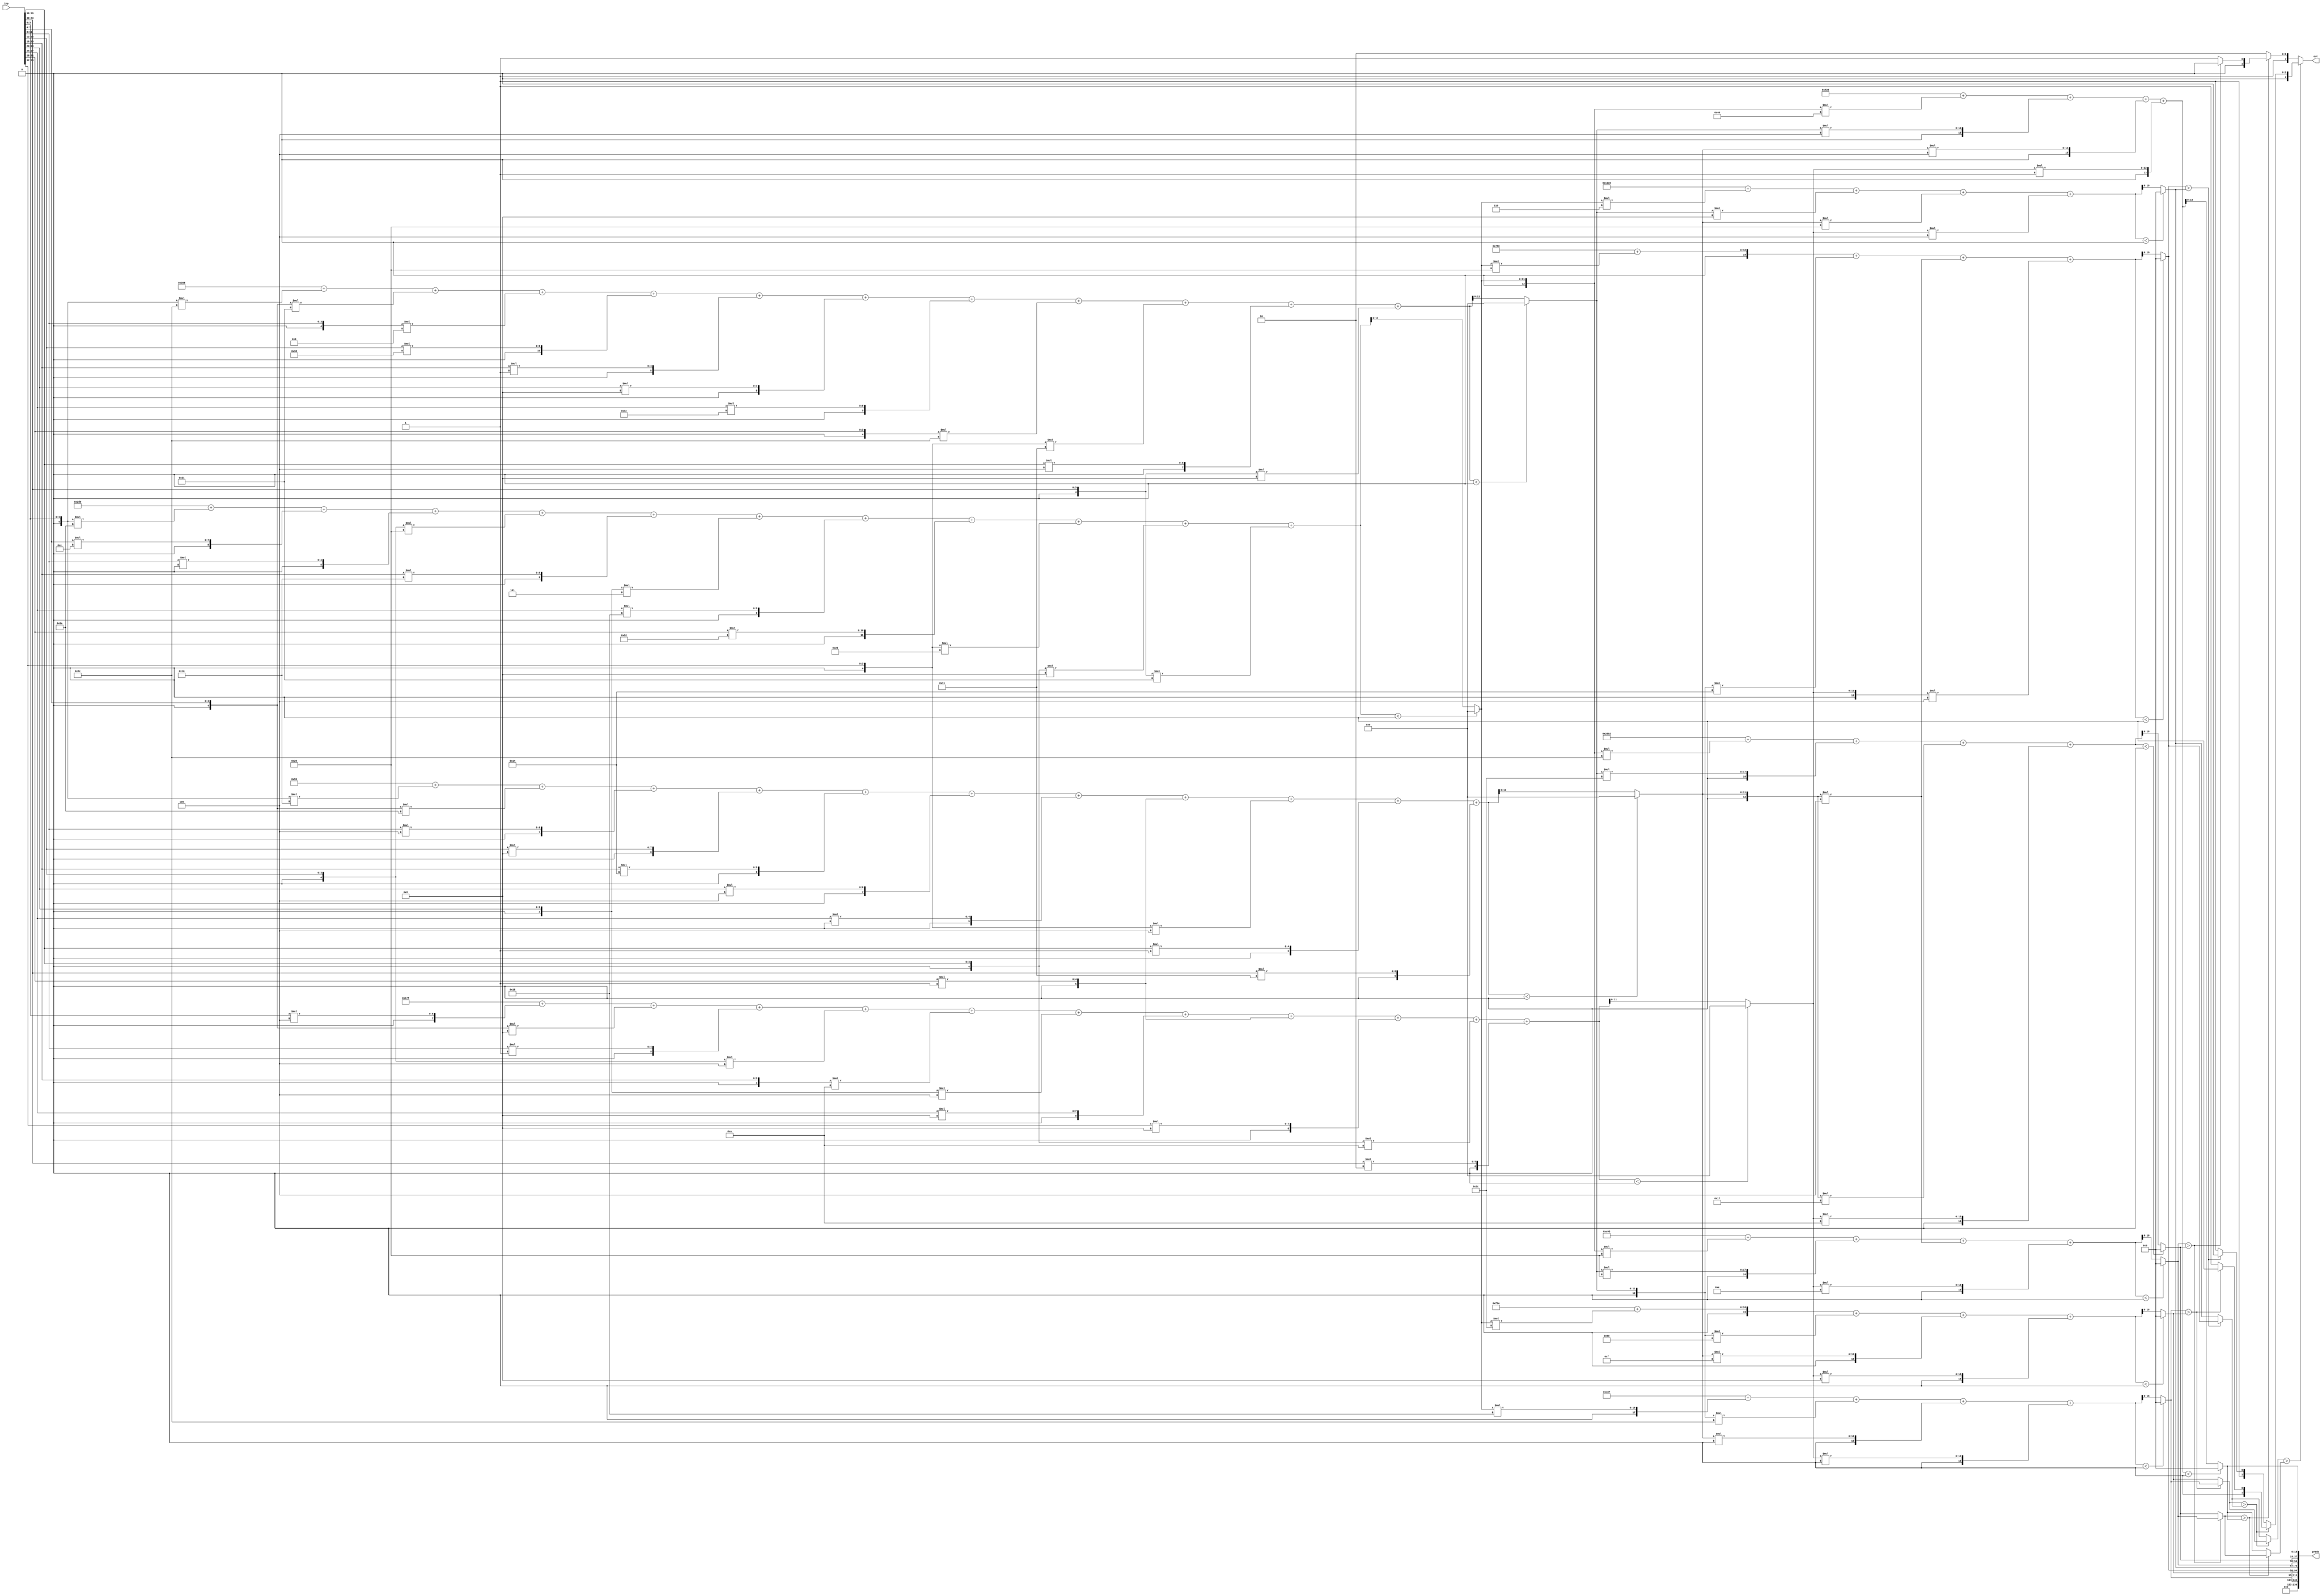
//weights: [[[-38, 12, 0, -32, 16, -3, 24, 82, -26, -8, -31], [-36, -31, -7, 56, 1, 8, 28, -36, -15, 4, -8], [-16, -38, 4, 8, 20, 4, 0, 1, -4, 1, 17], [4, -8, 1, -4, -6, -4, 8, 1, 8, -6, 2]], [[24, -36, 0, 0], [44, -48, 15, 8], [32, -12, -4, -4], [6, 8, 32, 4], [-32, 32, -4, 14], [-36, 44, -9, 10], [-64, 4, 4, 1]]]
//intercepts: [[720, 776, 85, -129], [-1009, 3886, 1888, 4517, 3219, -6654, -967]]
//act size: [4, 12, 19]
//pred num: 7
module top (inp, predo, out);
input [43:0] inp;
output [139:0] predo;
output [2:0] out;

// layer: 0 - neuron: 0
    wire signed [11:0] n_0_0_po_0;
    //weight -38: 8'sb11011010
    assign n_0_0_po_0 = $signed({1'b0, inp[3:0]}) * 8'sb11011010;

    wire signed [11:0] n_0_0_po_1;
    //weight 12: 8'sb00001100
    assign n_0_0_po_1 = $signed({1'b0, inp[7:4]}) * 8'sb00001100;

    wire signed [11:0] n_0_0_po_2;
    //weight 0: 8'sb00000000
    assign n_0_0_po_2 = $signed({1'b0, inp[11:8]}) * 8'sb00000000;

    wire signed [11:0] n_0_0_po_3;
    //weight -32: 8'sb11100000
    assign n_0_0_po_3 = $signed({1'b0, inp[15:12]}) * 8'sb11100000;

    wire signed [11:0] n_0_0_po_4;
    //weight 16: 8'sb00010000
    assign n_0_0_po_4 = $signed({1'b0, inp[19:16]}) * 8'sb00010000;

    wire signed [11:0] n_0_0_po_5;
    //weight -3: 8'sb11111101
    assign n_0_0_po_5 = $signed({1'b0, inp[23:20]}) * 8'sb11111101;

    wire signed [11:0] n_0_0_po_6;
    //weight 24: 8'sb00011000
    assign n_0_0_po_6 = $signed({1'b0, inp[27:24]}) * 8'sb00011000;

    wire signed [11:0] n_0_0_po_7;
    //weight 82: 8'sb01010010
    assign n_0_0_po_7 = $signed({1'b0, inp[31:28]}) * 8'sb01010010;

    wire signed [11:0] n_0_0_po_8;
    //weight -26: 8'sb11100110
    assign n_0_0_po_8 = $signed({1'b0, inp[35:32]}) * 8'sb11100110;

    wire signed [11:0] n_0_0_po_9;
    //weight -8: 8'sb11111000
    assign n_0_0_po_9 = $signed({1'b0, inp[39:36]}) * 8'sb11111000;

    wire signed [11:0] n_0_0_po_10;
    //weight -31: 8'sb11100001
    assign n_0_0_po_10 = $signed({1'b0, inp[43:40]}) * 8'sb11100001;

    wire signed [12:0] n_0_0_sum;
    assign n_0_0_sum = 720 + n_0_0_po_0 + n_0_0_po_1 + n_0_0_po_2 + n_0_0_po_3 + n_0_0_po_4 + n_0_0_po_5 + n_0_0_po_6 + n_0_0_po_7 + n_0_0_po_8 + n_0_0_po_9 + n_0_0_po_10;
    //relu
    wire [11:0] n_0_0;
    assign n_0_0 = (n_0_0_sum<0) ? $unsigned({12{1'b0}}) : $unsigned(n_0_0_sum[11:0]);

// layer: 0 - neuron: 1
    wire signed [11:0] n_0_1_po_0;
    //weight -36: 8'sb11011100
    assign n_0_1_po_0 = $signed({1'b0, inp[3:0]}) * 8'sb11011100;

    wire signed [11:0] n_0_1_po_1;
    //weight -31: 8'sb11100001
    assign n_0_1_po_1 = $signed({1'b0, inp[7:4]}) * 8'sb11100001;

    wire signed [11:0] n_0_1_po_2;
    //weight -7: 8'sb11111001
    assign n_0_1_po_2 = $signed({1'b0, inp[11:8]}) * 8'sb11111001;

    wire signed [11:0] n_0_1_po_3;
    //weight 56: 8'sb00111000
    assign n_0_1_po_3 = $signed({1'b0, inp[15:12]}) * 8'sb00111000;

    wire signed [11:0] n_0_1_po_4;
    //weight 1: 8'sb00000001
    assign n_0_1_po_4 = $signed({1'b0, inp[19:16]}) * 8'sb00000001;

    wire signed [11:0] n_0_1_po_5;
    //weight 8: 8'sb00001000
    assign n_0_1_po_5 = $signed({1'b0, inp[23:20]}) * 8'sb00001000;

    wire signed [11:0] n_0_1_po_6;
    //weight 28: 8'sb00011100
    assign n_0_1_po_6 = $signed({1'b0, inp[27:24]}) * 8'sb00011100;

    wire signed [11:0] n_0_1_po_7;
    //weight -36: 8'sb11011100
    assign n_0_1_po_7 = $signed({1'b0, inp[31:28]}) * 8'sb11011100;

    wire signed [11:0] n_0_1_po_8;
    //weight -15: 8'sb11110001
    assign n_0_1_po_8 = $signed({1'b0, inp[35:32]}) * 8'sb11110001;

    wire signed [11:0] n_0_1_po_9;
    //weight 4: 8'sb00000100
    assign n_0_1_po_9 = $signed({1'b0, inp[39:36]}) * 8'sb00000100;

    wire signed [11:0] n_0_1_po_10;
    //weight -8: 8'sb11111000
    assign n_0_1_po_10 = $signed({1'b0, inp[43:40]}) * 8'sb11111000;

    wire signed [12:0] n_0_1_sum;
    assign n_0_1_sum = 776 + n_0_1_po_0 + n_0_1_po_1 + n_0_1_po_2 + n_0_1_po_3 + n_0_1_po_4 + n_0_1_po_5 + n_0_1_po_6 + n_0_1_po_7 + n_0_1_po_8 + n_0_1_po_9 + n_0_1_po_10;
    //relu
    wire [11:0] n_0_1;
    assign n_0_1 = (n_0_1_sum<0) ? $unsigned({12{1'b0}}) : $unsigned(n_0_1_sum[11:0]);

// layer: 0 - neuron: 2
    wire signed [11:0] n_0_2_po_0;
    //weight -16: 8'sb11110000
    assign n_0_2_po_0 = $signed({1'b0, inp[3:0]}) * 8'sb11110000;

    wire signed [11:0] n_0_2_po_1;
    //weight -38: 8'sb11011010
    assign n_0_2_po_1 = $signed({1'b0, inp[7:4]}) * 8'sb11011010;

    wire signed [11:0] n_0_2_po_2;
    //weight 4: 8'sb00000100
    assign n_0_2_po_2 = $signed({1'b0, inp[11:8]}) * 8'sb00000100;

    wire signed [11:0] n_0_2_po_3;
    //weight 8: 8'sb00001000
    assign n_0_2_po_3 = $signed({1'b0, inp[15:12]}) * 8'sb00001000;

    wire signed [11:0] n_0_2_po_4;
    //weight 20: 8'sb00010100
    assign n_0_2_po_4 = $signed({1'b0, inp[19:16]}) * 8'sb00010100;

    wire signed [11:0] n_0_2_po_5;
    //weight 4: 8'sb00000100
    assign n_0_2_po_5 = $signed({1'b0, inp[23:20]}) * 8'sb00000100;

    wire signed [11:0] n_0_2_po_6;
    //weight 0: 8'sb00000000
    assign n_0_2_po_6 = $signed({1'b0, inp[27:24]}) * 8'sb00000000;

    wire signed [11:0] n_0_2_po_7;
    //weight 1: 8'sb00000001
    assign n_0_2_po_7 = $signed({1'b0, inp[31:28]}) * 8'sb00000001;

    wire signed [11:0] n_0_2_po_8;
    //weight -4: 8'sb11111100
    assign n_0_2_po_8 = $signed({1'b0, inp[35:32]}) * 8'sb11111100;

    wire signed [11:0] n_0_2_po_9;
    //weight 1: 8'sb00000001
    assign n_0_2_po_9 = $signed({1'b0, inp[39:36]}) * 8'sb00000001;

    wire signed [11:0] n_0_2_po_10;
    //weight 17: 8'sb00010001
    assign n_0_2_po_10 = $signed({1'b0, inp[43:40]}) * 8'sb00010001;

    wire signed [12:0] n_0_2_sum;
    assign n_0_2_sum = 85 + n_0_2_po_0 + n_0_2_po_1 + n_0_2_po_2 + n_0_2_po_3 + n_0_2_po_4 + n_0_2_po_5 + n_0_2_po_6 + n_0_2_po_7 + n_0_2_po_8 + n_0_2_po_9 + n_0_2_po_10;
    //relu
    wire [11:0] n_0_2;
    assign n_0_2 = (n_0_2_sum<0) ? $unsigned({12{1'b0}}) : $unsigned(n_0_2_sum[11:0]);

// layer: 0 - neuron: 3
    wire signed [11:0] n_0_3_po_0;
    //weight 4: 8'sb00000100
    assign n_0_3_po_0 = $signed({1'b0, inp[3:0]}) * 8'sb00000100;

    wire signed [11:0] n_0_3_po_1;
    //weight -8: 8'sb11111000
    assign n_0_3_po_1 = $signed({1'b0, inp[7:4]}) * 8'sb11111000;

    wire signed [11:0] n_0_3_po_2;
    //weight 1: 8'sb00000001
    assign n_0_3_po_2 = $signed({1'b0, inp[11:8]}) * 8'sb00000001;

    wire signed [11:0] n_0_3_po_3;
    //weight -4: 8'sb11111100
    assign n_0_3_po_3 = $signed({1'b0, inp[15:12]}) * 8'sb11111100;

    wire signed [11:0] n_0_3_po_4;
    //weight -6: 8'sb11111010
    assign n_0_3_po_4 = $signed({1'b0, inp[19:16]}) * 8'sb11111010;

    wire signed [11:0] n_0_3_po_5;
    //weight -4: 8'sb11111100
    assign n_0_3_po_5 = $signed({1'b0, inp[23:20]}) * 8'sb11111100;

    wire signed [11:0] n_0_3_po_6;
    //weight 8: 8'sb00001000
    assign n_0_3_po_6 = $signed({1'b0, inp[27:24]}) * 8'sb00001000;

    wire signed [11:0] n_0_3_po_7;
    //weight 1: 8'sb00000001
    assign n_0_3_po_7 = $signed({1'b0, inp[31:28]}) * 8'sb00000001;

    wire signed [11:0] n_0_3_po_8;
    //weight 8: 8'sb00001000
    assign n_0_3_po_8 = $signed({1'b0, inp[35:32]}) * 8'sb00001000;

    wire signed [11:0] n_0_3_po_9;
    //weight -6: 8'sb11111010
    assign n_0_3_po_9 = $signed({1'b0, inp[39:36]}) * 8'sb11111010;

    wire signed [11:0] n_0_3_po_10;
    //weight 2: 8'sb00000010
    assign n_0_3_po_10 = $signed({1'b0, inp[43:40]}) * 8'sb00000010;

    wire signed [12:0] n_0_3_sum;
    assign n_0_3_sum = -129 + n_0_3_po_0 + n_0_3_po_1 + n_0_3_po_2 + n_0_3_po_3 + n_0_3_po_4 + n_0_3_po_5 + n_0_3_po_6 + n_0_3_po_7 + n_0_3_po_8 + n_0_3_po_9 + n_0_3_po_10;
    //relu
    wire [11:0] n_0_3;
    assign n_0_3 = (n_0_3_sum<0) ? $unsigned({12{1'b0}}) : $unsigned(n_0_3_sum[11:0]);

// layer: 1 - neuron: 0
    wire signed [19:0] n_1_0_po_0;
    //weight 24: 8'sb00011000
    assign n_1_0_po_0 = $signed({1'b0, n_0_0}) * 8'sb00011000;

    wire signed [19:0] n_1_0_po_1;
    //weight -36: 8'sb11011100
    assign n_1_0_po_1 = $signed({1'b0, n_0_1}) * 8'sb11011100;

    wire signed [19:0] n_1_0_po_2;
    //weight 0: 8'sb00000000
    assign n_1_0_po_2 = $signed({1'b0, n_0_2}) * 8'sb00000000;

    wire signed [19:0] n_1_0_po_3;
    //weight 0: 8'sb00000000
    assign n_1_0_po_3 = $signed({1'b0, n_0_3}) * 8'sb00000000;

    wire signed [19:0] n_1_0_sum;
    assign n_1_0_sum = -1009 + n_1_0_po_0 + n_1_0_po_1 + n_1_0_po_2 + n_1_0_po_3;
    //relu
    wire [18:0] n_1_0;
    assign n_1_0 = (n_1_0_sum<0) ? $unsigned({19{1'b0}}) : $unsigned(n_1_0_sum[18:0]);

// layer: 1 - neuron: 1
    wire signed [19:0] n_1_1_po_0;
    //weight 44: 8'sb00101100
    assign n_1_1_po_0 = $signed({1'b0, n_0_0}) * 8'sb00101100;

    wire signed [19:0] n_1_1_po_1;
    //weight -48: 8'sb11010000
    assign n_1_1_po_1 = $signed({1'b0, n_0_1}) * 8'sb11010000;

    wire signed [19:0] n_1_1_po_2;
    //weight 15: 8'sb00001111
    assign n_1_1_po_2 = $signed({1'b0, n_0_2}) * 8'sb00001111;

    wire signed [19:0] n_1_1_po_3;
    //weight 8: 8'sb00001000
    assign n_1_1_po_3 = $signed({1'b0, n_0_3}) * 8'sb00001000;

    wire signed [19:0] n_1_1_sum;
    assign n_1_1_sum = 3886 + n_1_1_po_0 + n_1_1_po_1 + n_1_1_po_2 + n_1_1_po_3;
    //relu
    wire [18:0] n_1_1;
    assign n_1_1 = (n_1_1_sum<0) ? $unsigned({19{1'b0}}) : $unsigned(n_1_1_sum[18:0]);

// layer: 1 - neuron: 2
    wire signed [19:0] n_1_2_po_0;
    //weight 32: 8'sb00100000
    assign n_1_2_po_0 = $signed({1'b0, n_0_0}) * 8'sb00100000;

    wire signed [19:0] n_1_2_po_1;
    //weight -12: 8'sb11110100
    assign n_1_2_po_1 = $signed({1'b0, n_0_1}) * 8'sb11110100;

    wire signed [19:0] n_1_2_po_2;
    //weight -4: 8'sb11111100
    assign n_1_2_po_2 = $signed({1'b0, n_0_2}) * 8'sb11111100;

    wire signed [19:0] n_1_2_po_3;
    //weight -4: 8'sb11111100
    assign n_1_2_po_3 = $signed({1'b0, n_0_3}) * 8'sb11111100;

    wire signed [19:0] n_1_2_sum;
    assign n_1_2_sum = 1888 + n_1_2_po_0 + n_1_2_po_1 + n_1_2_po_2 + n_1_2_po_3;
    //relu
    wire [18:0] n_1_2;
    assign n_1_2 = (n_1_2_sum<0) ? $unsigned({19{1'b0}}) : $unsigned(n_1_2_sum[18:0]);

// layer: 1 - neuron: 3
    wire signed [19:0] n_1_3_po_0;
    //weight 6: 8'sb00000110
    assign n_1_3_po_0 = $signed({1'b0, n_0_0}) * 8'sb00000110;

    wire signed [19:0] n_1_3_po_1;
    //weight 8: 8'sb00001000
    assign n_1_3_po_1 = $signed({1'b0, n_0_1}) * 8'sb00001000;

    wire signed [19:0] n_1_3_po_2;
    //weight 32: 8'sb00100000
    assign n_1_3_po_2 = $signed({1'b0, n_0_2}) * 8'sb00100000;

    wire signed [19:0] n_1_3_po_3;
    //weight 4: 8'sb00000100
    assign n_1_3_po_3 = $signed({1'b0, n_0_3}) * 8'sb00000100;

    wire signed [19:0] n_1_3_sum;
    assign n_1_3_sum = 4517 + n_1_3_po_0 + n_1_3_po_1 + n_1_3_po_2 + n_1_3_po_3;
    //relu
    wire [18:0] n_1_3;
    assign n_1_3 = (n_1_3_sum<0) ? $unsigned({19{1'b0}}) : $unsigned(n_1_3_sum[18:0]);

// layer: 1 - neuron: 4
    wire signed [19:0] n_1_4_po_0;
    //weight -32: 8'sb11100000
    assign n_1_4_po_0 = $signed({1'b0, n_0_0}) * 8'sb11100000;

    wire signed [19:0] n_1_4_po_1;
    //weight 32: 8'sb00100000
    assign n_1_4_po_1 = $signed({1'b0, n_0_1}) * 8'sb00100000;

    wire signed [19:0] n_1_4_po_2;
    //weight -4: 8'sb11111100
    assign n_1_4_po_2 = $signed({1'b0, n_0_2}) * 8'sb11111100;

    wire signed [19:0] n_1_4_po_3;
    //weight 14: 8'sb00001110
    assign n_1_4_po_3 = $signed({1'b0, n_0_3}) * 8'sb00001110;

    wire signed [19:0] n_1_4_sum;
    assign n_1_4_sum = 3219 + n_1_4_po_0 + n_1_4_po_1 + n_1_4_po_2 + n_1_4_po_3;
    //relu
    wire [18:0] n_1_4;
    assign n_1_4 = (n_1_4_sum<0) ? $unsigned({19{1'b0}}) : $unsigned(n_1_4_sum[18:0]);

// layer: 1 - neuron: 5
    wire signed [19:0] n_1_5_po_0;
    //weight -36: 8'sb11011100
    assign n_1_5_po_0 = $signed({1'b0, n_0_0}) * 8'sb11011100;

    wire signed [19:0] n_1_5_po_1;
    //weight 44: 8'sb00101100
    assign n_1_5_po_1 = $signed({1'b0, n_0_1}) * 8'sb00101100;

    wire signed [19:0] n_1_5_po_2;
    //weight -9: 8'sb11110111
    assign n_1_5_po_2 = $signed({1'b0, n_0_2}) * 8'sb11110111;

    wire signed [19:0] n_1_5_po_3;
    //weight 10: 8'sb00001010
    assign n_1_5_po_3 = $signed({1'b0, n_0_3}) * 8'sb00001010;

    wire signed [19:0] n_1_5_sum;
    assign n_1_5_sum = -6654 + n_1_5_po_0 + n_1_5_po_1 + n_1_5_po_2 + n_1_5_po_3;
    //relu
    wire [18:0] n_1_5;
    assign n_1_5 = (n_1_5_sum<0) ? $unsigned({19{1'b0}}) : $unsigned(n_1_5_sum[18:0]);

// layer: 1 - neuron: 6
    wire signed [19:0] n_1_6_po_0;
    //weight -64: 8'sb11000000
    assign n_1_6_po_0 = $signed({1'b0, n_0_0}) * 8'sb11000000;

    wire signed [19:0] n_1_6_po_1;
    //weight 4: 8'sb00000100
    assign n_1_6_po_1 = $signed({1'b0, n_0_1}) * 8'sb00000100;

    wire signed [19:0] n_1_6_po_2;
    //weight 4: 8'sb00000100
    assign n_1_6_po_2 = $signed({1'b0, n_0_2}) * 8'sb00000100;

    wire signed [19:0] n_1_6_po_3;
    //weight 1: 8'sb00000001
    assign n_1_6_po_3 = $signed({1'b0, n_0_3}) * 8'sb00000001;

    wire signed [19:0] n_1_6_sum;
    assign n_1_6_sum = -967 + n_1_6_po_0 + n_1_6_po_1 + n_1_6_po_2 + n_1_6_po_3;
    //relu
    wire [18:0] n_1_6;
    assign n_1_6 = (n_1_6_sum<0) ? $unsigned({19{1'b0}}) : $unsigned(n_1_6_sum[18:0]);

    assign predo = {n_1_0,n_1_1,n_1_2,n_1_3,n_1_4,n_1_5,n_1_6};
// argmax: 7 classes, need 3 bits
// argmax inp: n_1_0, n_1_1, n_1_2, n_1_3, n_1_4, n_1_5, n_1_6
    //comp level 0
    wire cmp_0_0;
    wire [19:0] argmax_val_0_0;
    wire [2:0] argmax_idx_0_0;
    assign {cmp_0_0} = ( n_1_0 > n_1_1 );
    assign {argmax_val_0_0} = ( cmp_0_0 ) ? n_1_0 : n_1_1;
    assign {argmax_idx_0_0} = ( cmp_0_0 ) ? 3'b000 : 3'b001;

    wire cmp_0_2;
    wire [19:0] argmax_val_0_2;
    wire [2:0] argmax_idx_0_2;
    assign {cmp_0_2} = ( n_1_2 > n_1_3 );
    assign {argmax_val_0_2} = ( cmp_0_2 ) ? n_1_2 : n_1_3;
    assign {argmax_idx_0_2} = ( cmp_0_2 ) ? 3'b010 : 3'b011;

    wire cmp_0_4;
    wire [19:0] argmax_val_0_4;
    wire [2:0] argmax_idx_0_4;
    assign {cmp_0_4} = ( n_1_4 > n_1_5 );
    assign {argmax_val_0_4} = ( cmp_0_4 ) ? n_1_4 : n_1_5;
    assign {argmax_idx_0_4} = ( cmp_0_4 ) ? 3'b100 : 3'b101;

    //comp level 1
    wire cmp_1_0;
    wire [19:0] argmax_val_1_0;
    wire [2:0] argmax_idx_1_0;
    assign {cmp_1_0} = ( argmax_val_0_0 > argmax_val_0_2 );
    assign {argmax_val_1_0} = ( cmp_1_0 ) ? argmax_val_0_0 : argmax_val_0_2;
    assign {argmax_idx_1_0} = ( cmp_1_0 ) ? argmax_idx_0_0 : argmax_idx_0_2;

    wire cmp_1_2;
    wire [19:0] argmax_val_1_2;
    wire [2:0] argmax_idx_1_2;
    assign {cmp_1_2} = ( argmax_val_0_4 > n_1_6 );
    assign {argmax_val_1_2} = ( cmp_1_2 ) ? argmax_val_0_4 : n_1_6;
    assign {argmax_idx_1_2} = ( cmp_1_2 ) ? argmax_idx_0_4 : 3'b110;

    //comp level 2
    wire cmp_2_0;
    wire [19:0] argmax_val_2_0;
    wire [2:0] argmax_idx_2_0;
    assign {cmp_2_0} = ( argmax_val_1_0 > argmax_val_1_2 );
    assign {argmax_val_2_0} = ( cmp_2_0 ) ? argmax_val_1_0 : argmax_val_1_2;
    assign {argmax_idx_2_0} = ( cmp_2_0 ) ? argmax_idx_1_0 : argmax_idx_1_2;

    assign out = argmax_idx_2_0;

endmodule